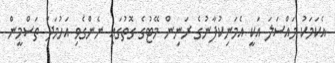
އެކަމަކު މައްސަލަ އަކީ އެމަނިކުފާނުގެ ރަނިން މޭޓުގެ ގޮތުގައި ނެންގެވި އަހުމަދު ތަސްމީން